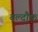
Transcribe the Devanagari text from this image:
बल्दौफ़